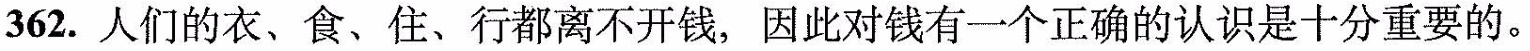
362.人们的衣、食、住、行都离不开钱，因此对钱有一个正确的认识是十分重要的。